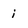
Character: i